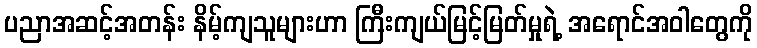
ပညာအဆင့်အတန်း နိမ့်ကျသူများဟာ ကြီးကျယ်မြင့်မြတ်မှုရဲ့ အရောင်အဝါတွေကို